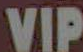
VIP